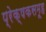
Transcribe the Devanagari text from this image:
प्रेक्षकसमूह